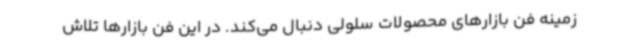
زمینه فن بازارهای محصولات سلولی دنبال می‌کند. در این فن بازارها تلاش